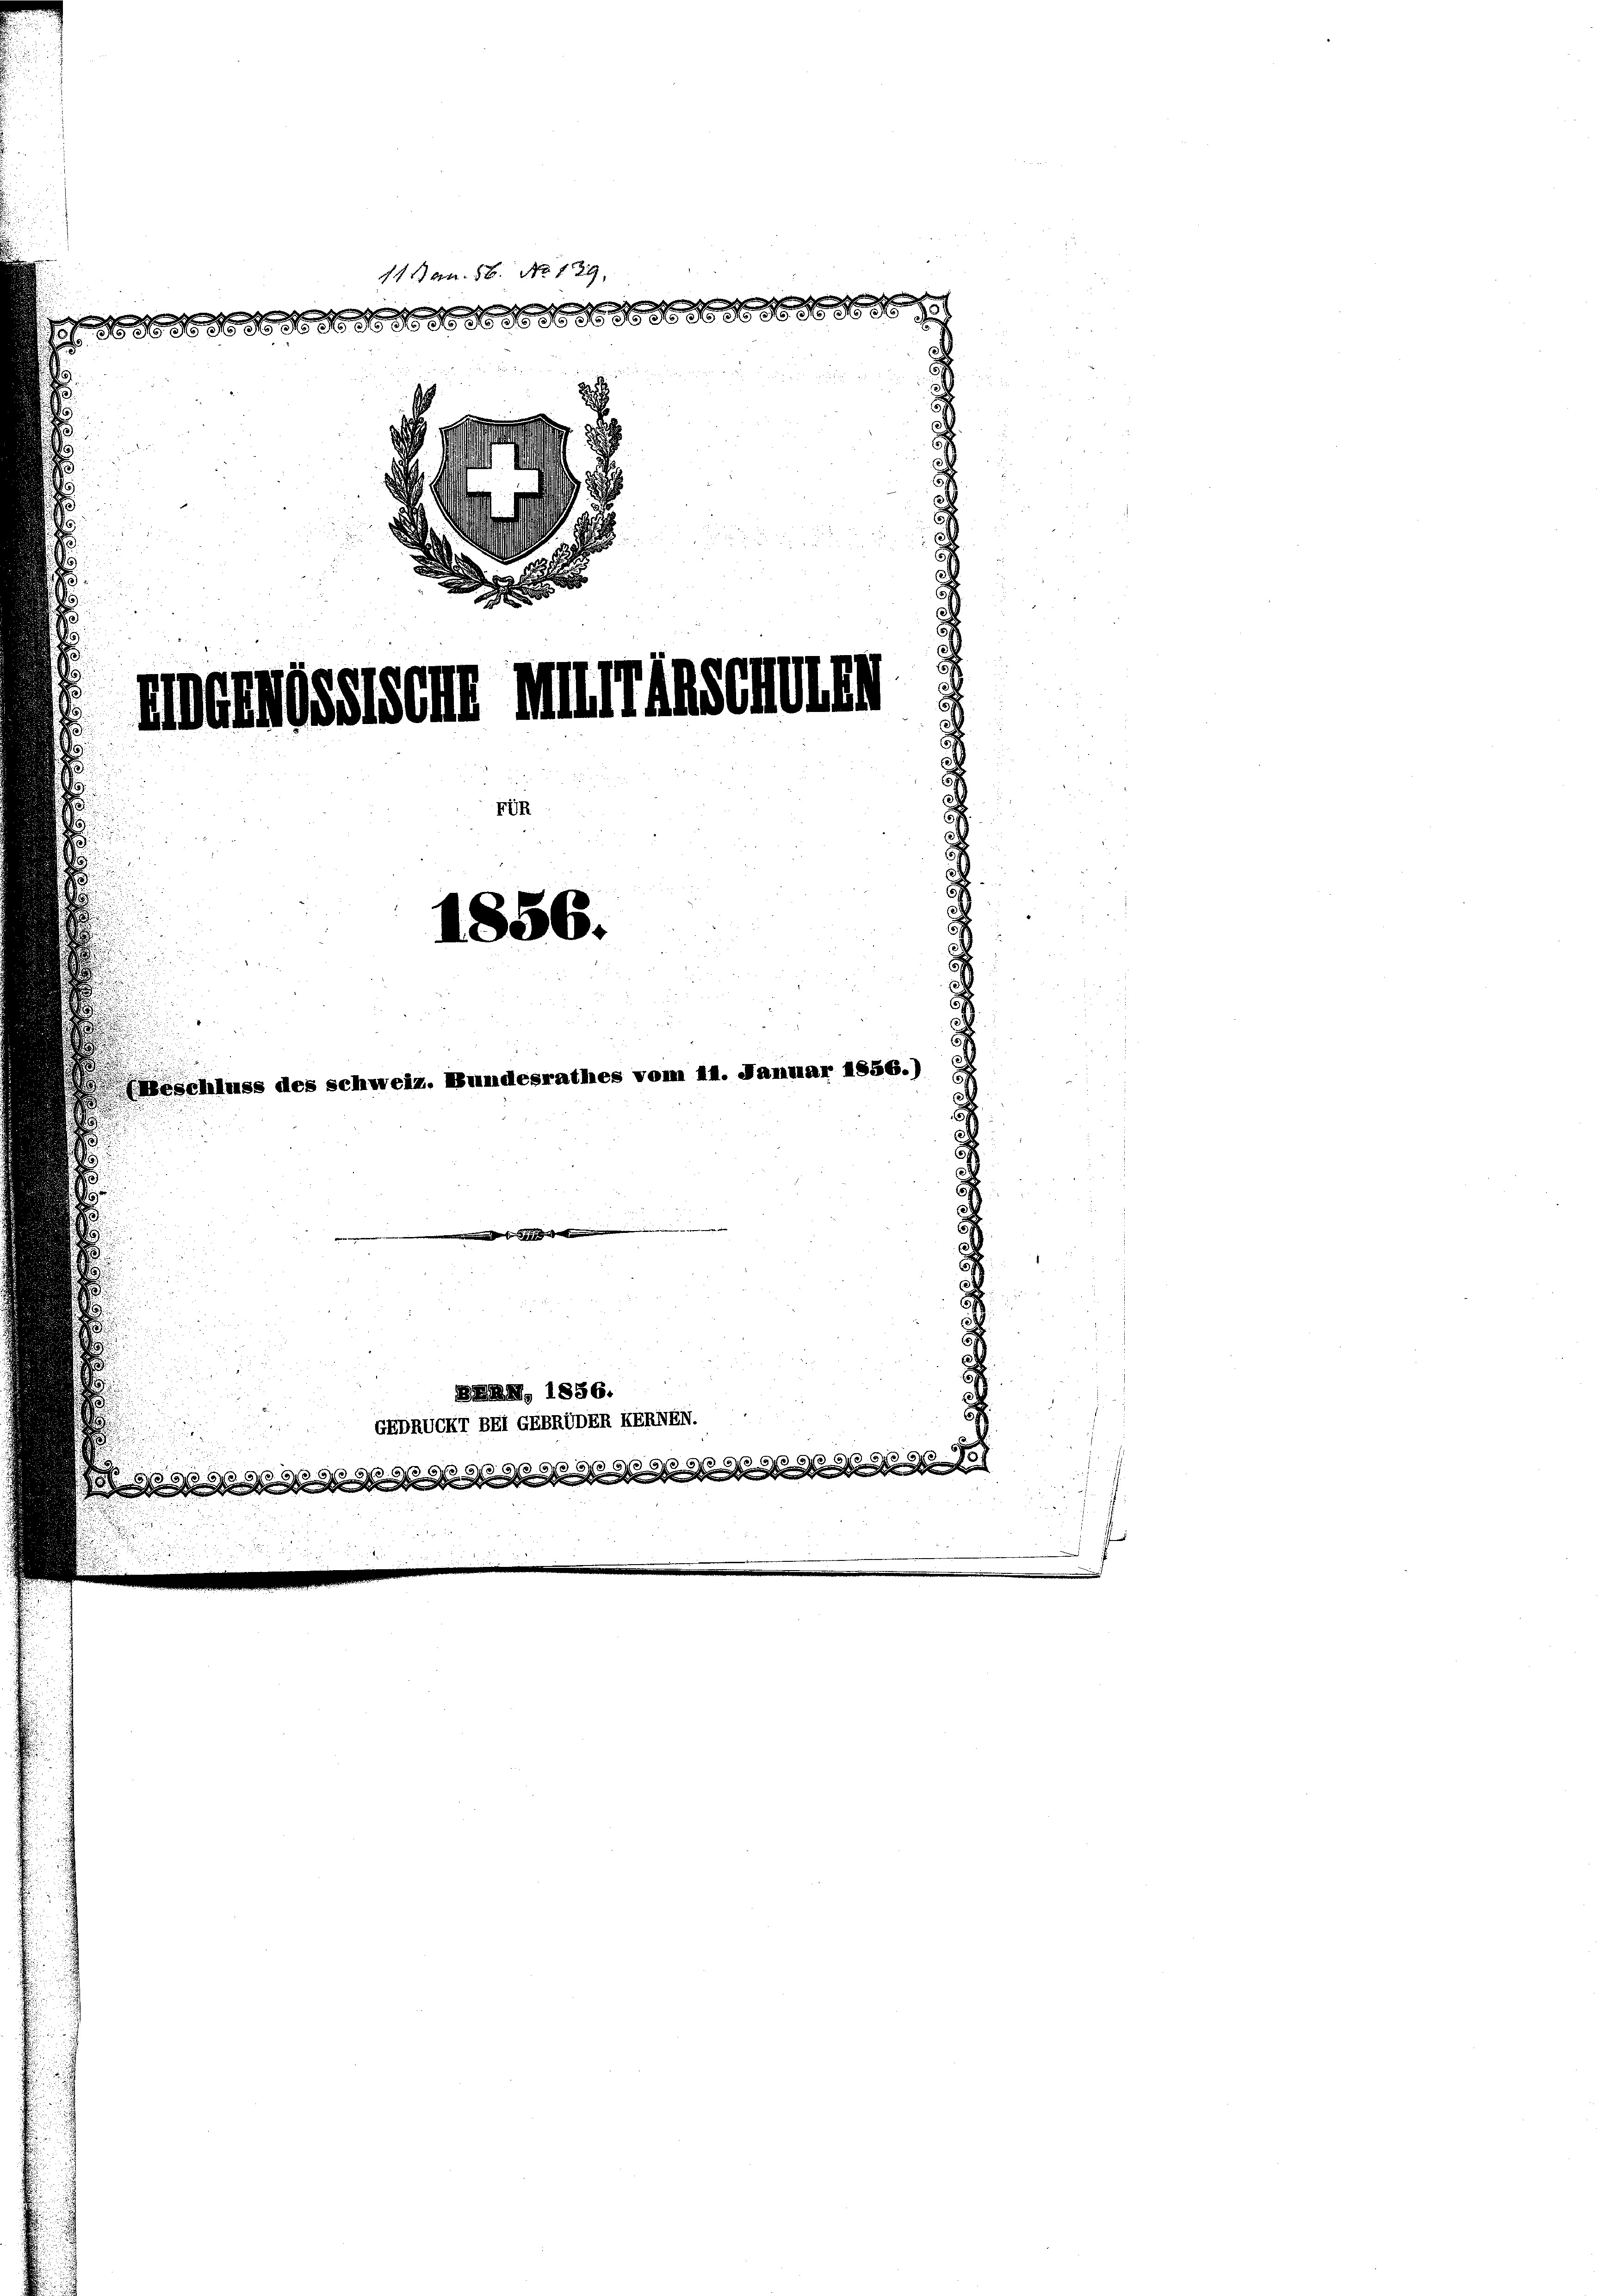
11 S. 56. No 129.
2 No 8                   1889
Emeindssten mürrisschulen
1856.
(Beschluss des schweiz. Bundesrathes vom 11. Januar 1856.)

¬

BAM, 1856.
GEDRUCKT BEi GEBRUDER KERNEN.
G
s

21
GW 69